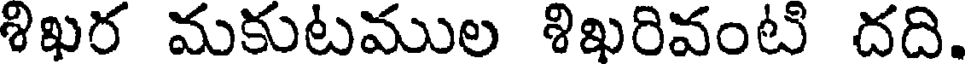
శిఖర మకుటముల శిఖరివంటి దది.